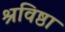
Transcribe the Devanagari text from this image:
श्रविष्ठा